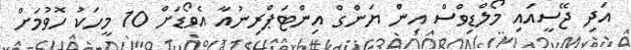
އަދި ޖޭސީއައި މޯލްޑިވްސް އިން ޔަންގް އިންޓަޕްރިނުއާ އެވޯޑަށް 10 މީހަކު ހޮވުމަށް